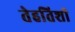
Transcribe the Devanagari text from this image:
तेहतिशी